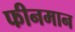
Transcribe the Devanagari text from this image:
फीनमान